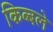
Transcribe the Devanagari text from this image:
किब्बले